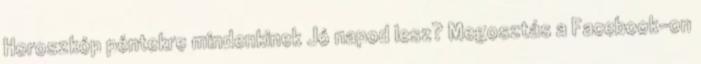
Horoszkóp péntekre mindenkinek Jó napod lesz? Megosztás a Facebook-on